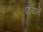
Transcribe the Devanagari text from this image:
टियर्ने